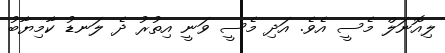
ލިއޮނަލް މެސީ އެވެ. އަދި މެސީ ވަނީ އިތުރު ދެ ލަނޑު ކާމިޔާބު